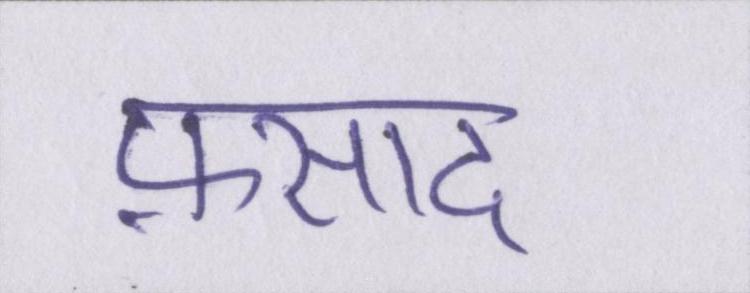
फ़साद